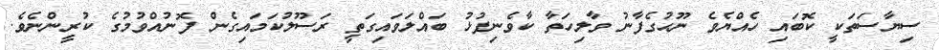
ސިޔާސަތަކީ ކޮބައި ހެއްޔެވެ ނޫޙުގެފާނު ވާލިހަތާ ކާވެނިފުޅު ބައްލަވައިގަތީ ރަސޫލުކަމައިގެން ފޮނުއްވުމުގެ ކުރީންނެވެ.